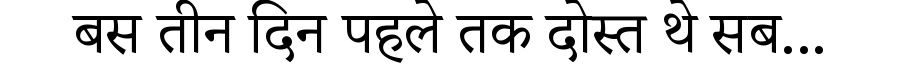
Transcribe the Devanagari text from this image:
बस तीन दिन पहले तक दोस्त थे सब...